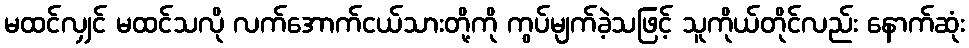
မထင်လျှင် မထင်သလို လက်အောက်ငယ်သားတို့ကို ကွပ်မျက်ခဲ့သဖြင့် သူကိုယ်တိုင်လည်း နောက်ဆုံး